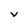
Character: v